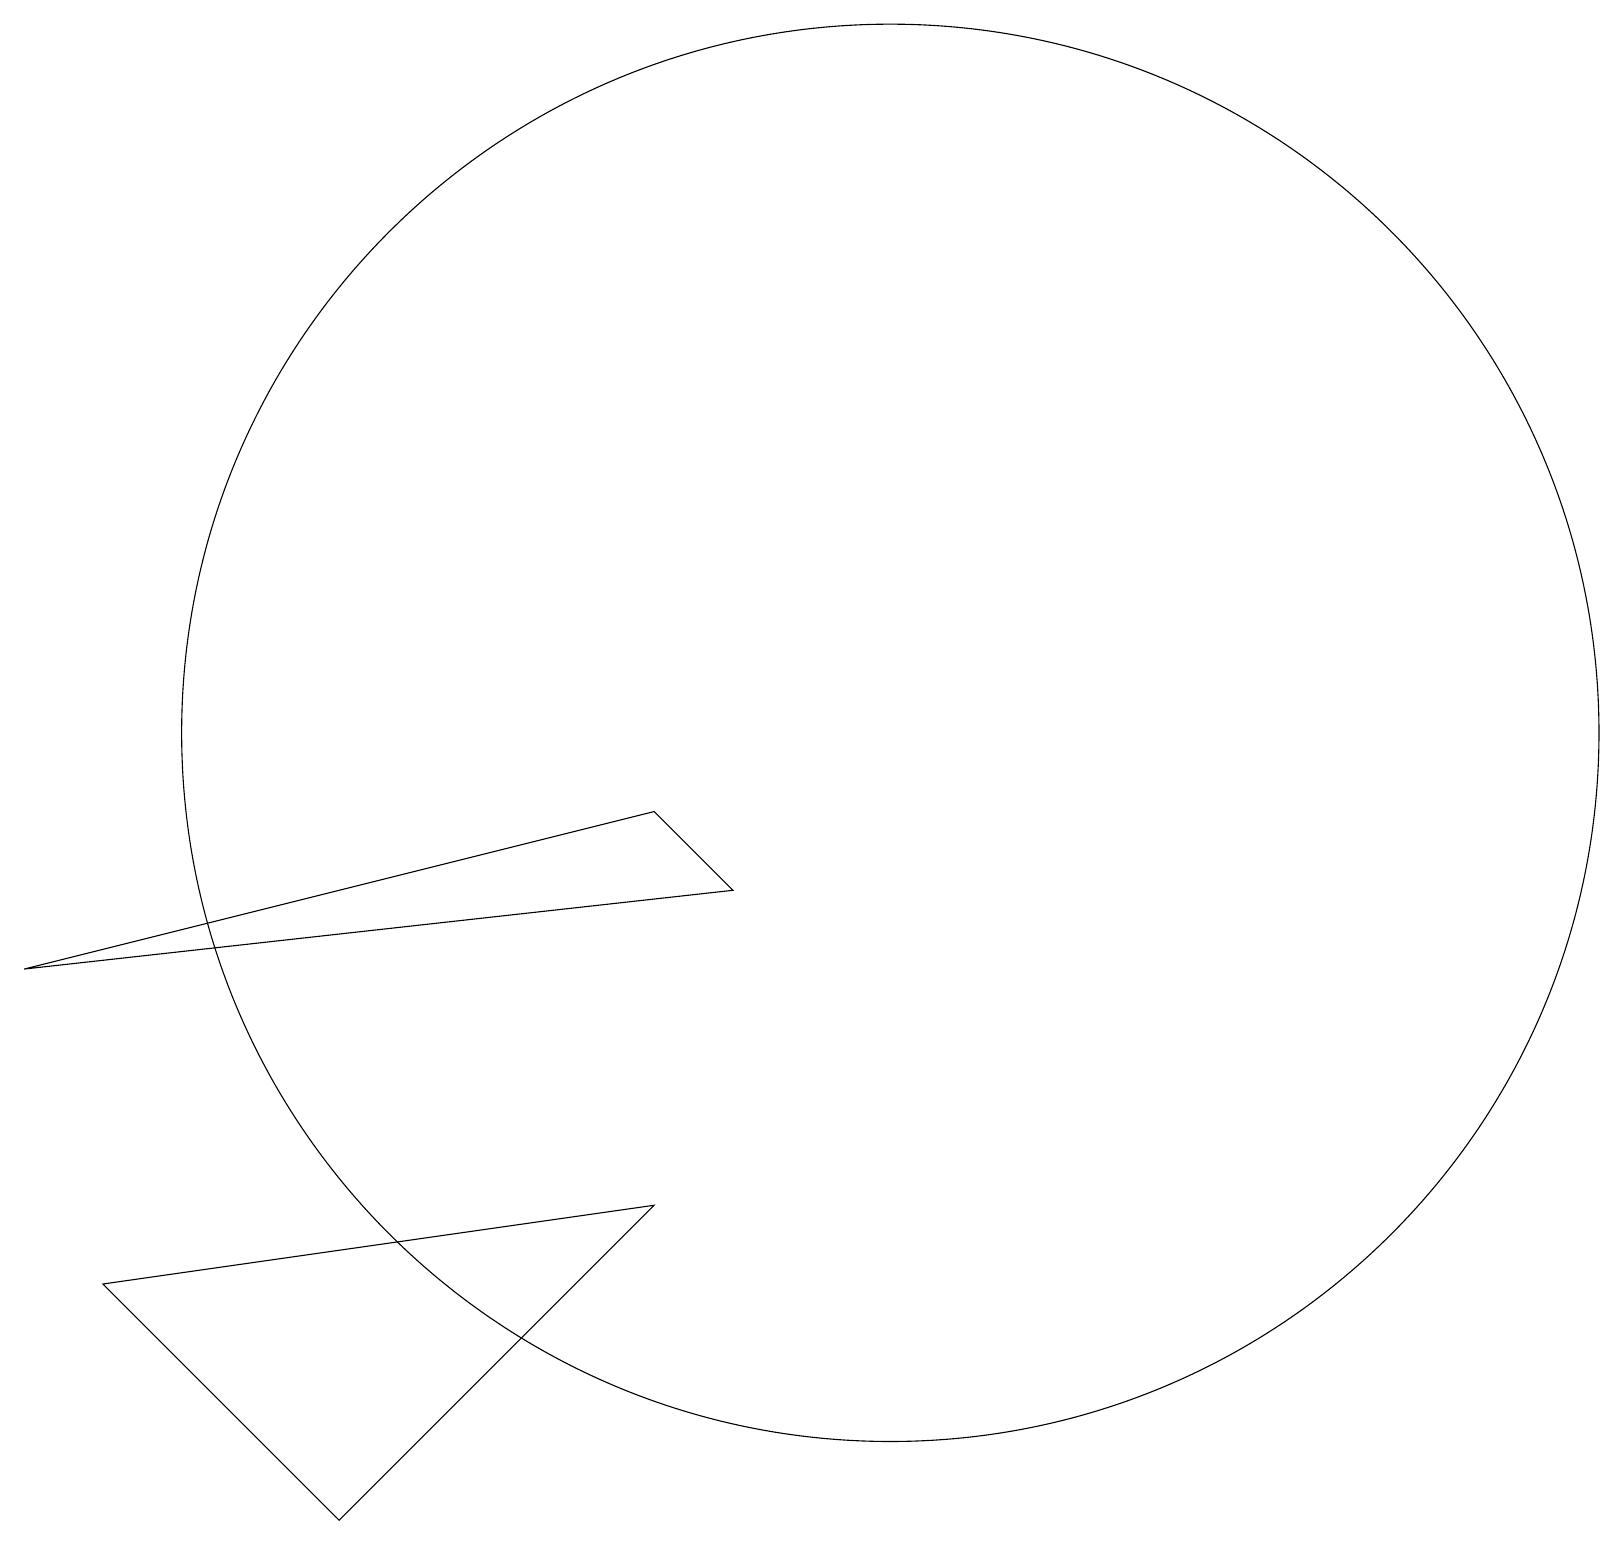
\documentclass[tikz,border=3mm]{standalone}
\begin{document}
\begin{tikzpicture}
\draw (11,10) circle (9);
\draw (0,7) -- (9,8) -- (8,9) -- cycle;
\draw (1,3) -- (4,0) -- (8,4) -- cycle;
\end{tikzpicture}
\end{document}